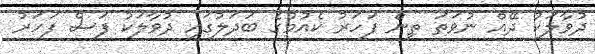
ދުވާލަކު ދޭއް ނުވަތަ ތިން ފަހަރު ކެއުމުގެ ބަދަލުގައި ދުވާލަކު ފަސް ފަހަރު